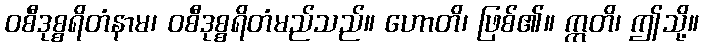
ဝစီဒုစ္စရိတံနာမ၊ ဝစီဒုစ္စရိတံမည်သည်။ ဟောတိ၊ ဖြစ်၏။ ဣတိ၊ ဤသို့။